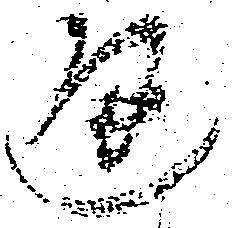
通